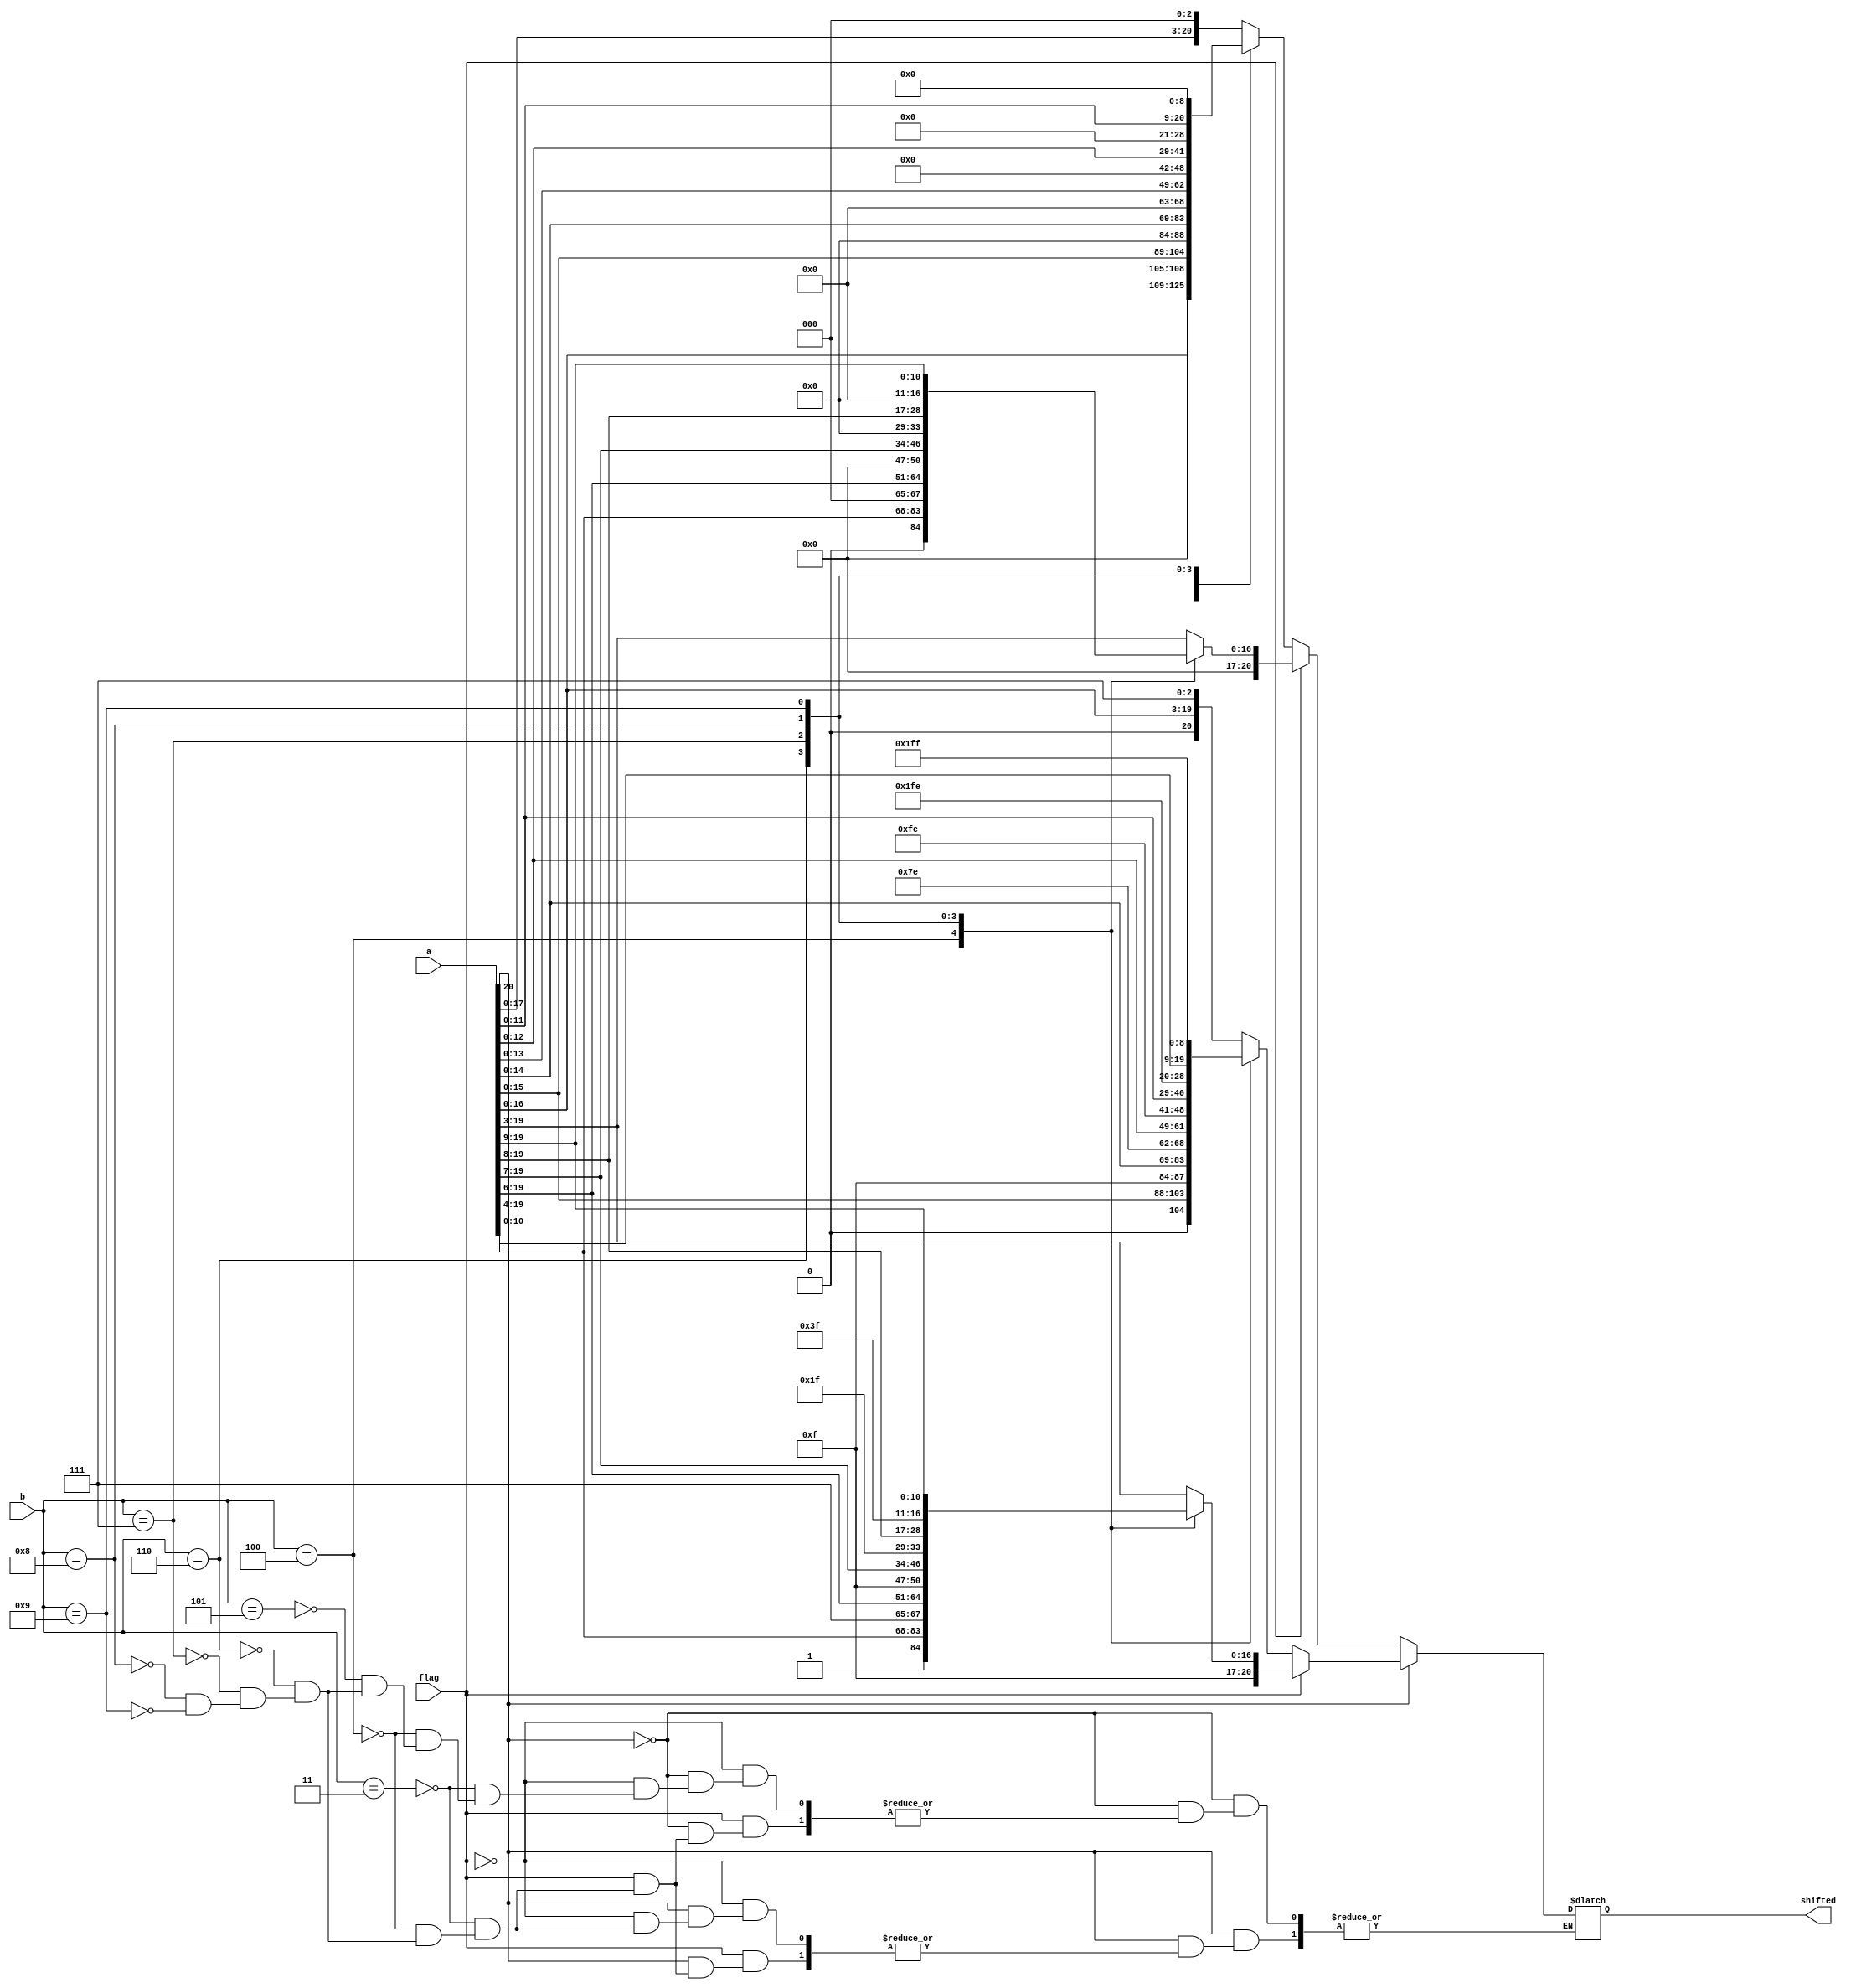
`timescale 1ns / 1ps
//////////////////////////////////////////////////////////////////////////////////
// Company: 
// Engineer: 
// 
// Design Name: 
// Module Name: shifter
// Project Name: 
// Target Devices: 
// Tool Versions: 
// Description: 
// 
// Dependencies: 
// 
// Revision:
// Revision 0.01 - File Created
// Additional Comments:
// 
//////////////////////////////////////////////////////////////////////////////////


module shifter(
    input signed [20:0] a,
    input [3:0] b,
    input flag,
    output reg signed [20:0] shifted
    );
    
    always @(*)
        begin
            if(a[20] == 1) begin  // Number is negative
                if(flag == 1) begin // Right shift
                    case(b)
                    3 : shifted = { {3{1'b1}} , a[20:3]};
                    4 : shifted = { {4{1'b1}} , a[20:4]};
                    6 : shifted = { {6{1'b1}} , a[20:6]};
                    7 : shifted = { {7{1'b1}} , a[20:7]};
                    8 : shifted = { {8{1'b1}} , a[20:8]};
                    9 : shifted = { {9{1'b1}} , a[20:9]};
                    endcase
                end
                else begin // Left shift 
                    //This have undefined behaviour but should work for given range of values and block diagram
                    case(b)
                    3 : shifted = { a[16:0] , {3{1'b1}} };
                    4 : shifted = { a[15:0] , {4{1'b1}} };
                    6 : shifted = { a[14:0] , {6{1'b1}} }; // Only Working case 
                    7 : shifted = { a[12:0] , {7{1'b1}} };
                    8 : shifted = { a[11:0] , {8{1'b1}} };
                    9 : shifted = { a[10:0] , {9{1'b1}} };
                    endcase                    
                end
            end
            else begin // Number is positive 
                if(flag == 1) begin
                    case(b)
                    3 : shifted = a >> 3;
                    4 : shifted = a >> 4;
                    6 : shifted = a >> 6;
                    7 : shifted = a >> 7;
                    8 : shifted = a >> 8;
                    9 : shifted = a >> 9;                    
                    endcase          
                end
                else begin
                    case(b)
                    3 : shifted = a << 3;
                    4 : shifted = a << 4;
                    5 : shifted = a << 5;
                    6 : shifted = a << 6;
                    7 : shifted = a << 7;
                    8 : shifted = a << 8;
                    9 : shifted = a << 9;                    
                    endcase                            
                end
            end
        end
endmodule